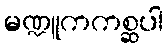
မဏ္ဍူကကစ္ဆပါ